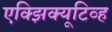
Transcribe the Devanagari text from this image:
एक्झिक्यूटिव्ह